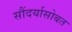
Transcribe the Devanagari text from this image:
सौंदर्यासोबत